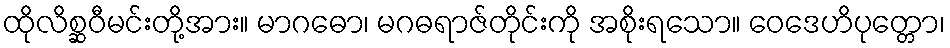
ထိုလိစ္ဆဝီမင်းတို့အား။ မာဂဓော၊ မဂဓရာဇ်တိုင်းကို အစိုးရသော။ ဝေဒေဟိပုတ္တော၊